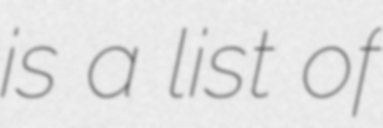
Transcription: is a list of